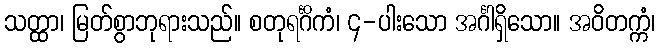
သတ္ထာ၊ မြတ်စွာဘုရားသည်။ စတုရင်္ဂိကံ၊ ၄-ပါးသော အင်္ဂါရှိသော။ အဝိတက္ကံ၊